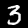
Label: 3